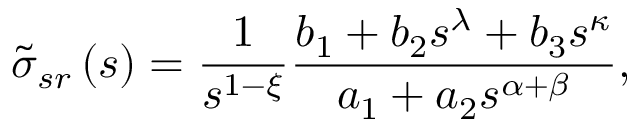
\tilde { \sigma } _ { s r } \left( s \right) = \frac { 1 } { s ^ { 1 - \xi } } \frac { b _ { 1 } + b _ { 2 } s ^ { \lambda } + b _ { 3 } s ^ { \kappa } } { a _ { 1 } + a _ { 2 } s ^ { \alpha + \beta } } ,